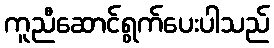
ကူညီဆောင်ရွက်ပေးပါသည်